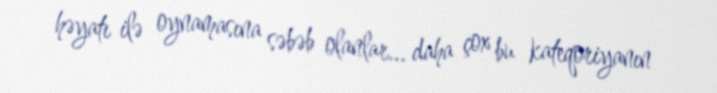
həyatı ilə oynamasına səbəb olanlar... daha çox bu kateqoriyanın